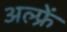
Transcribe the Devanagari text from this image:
अल्फ्रें